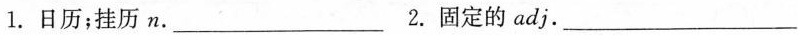
1.日历；挂历n.___2.固定的adj.___